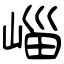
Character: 崰